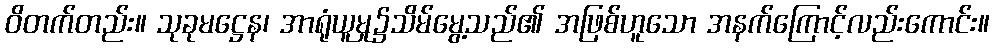
ဝိတက်တည်း။ သုခုမဋ္ဌေန၊ အာရုံယူမှု၌သိမ်မွေ့သည်၏ အဖြစ်ဟူသော အနက်ကြောင့်လည်းကောင်း။